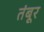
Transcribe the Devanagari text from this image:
तंबूर